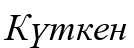
Күткен